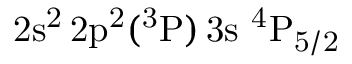
\mathrm { 2 s ^ { 2 } \, 2 p ^ { 2 } ( ^ { 3 } P ) \, 3 s ~ ^ { 4 } P _ { 5 / 2 } }